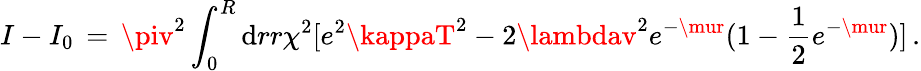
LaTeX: I-I_{0}\, =\, \piv^{2}\int_{0}^{R}\mathrm{d}rr\chi^{2}[e^{2}\kappaT^{2}-2\lambdav^{2}e^{-\mur}(1-{\frac{{1}}{{2}}}e^{-\mur})]\, .